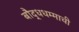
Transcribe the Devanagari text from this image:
बौद्धधम्माची